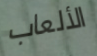
الألعاب